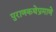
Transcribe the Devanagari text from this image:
पुराणकथेप्रमाणे